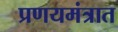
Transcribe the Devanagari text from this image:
प्रणयमंत्रात